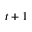
t + 1